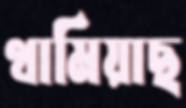
থামিয়াছ